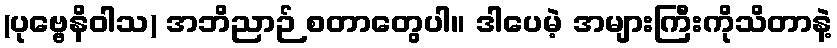
(ပုဗ္ဗေနိဝါသ) အဘိညာဉ် စတာတွေပါ။ ဒါပေမဲ့ အများကြီးကိုသိတာနဲ့